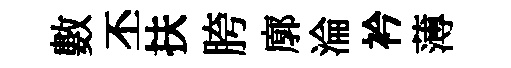
數丕扶胯廓淪衿薄